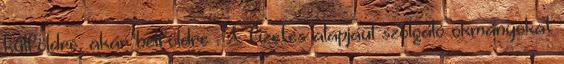
külföldre, akár belföldre . A fizetés alapjául szolgáló okmányokat